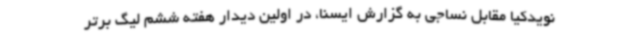
نویدکیا مقابل نساجی به گزارش ایسنا، در اولین دیدار هفته ششم لیگ برتر